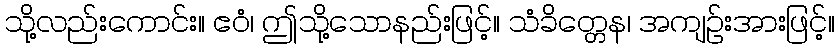
သို့လည်းကောင်း။ ဧဝံ၊ ဤသို့သောနည်းဖြင့်။ သံခိတ္တေန၊ အကျဉ်းအားဖြင့်။